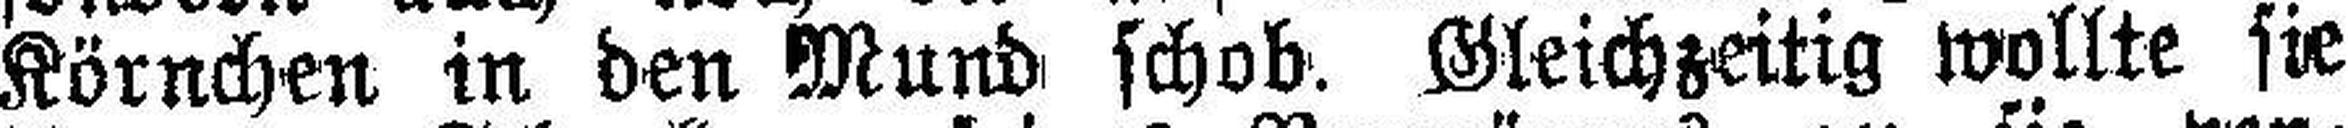
Körnchen in den Mund schob. Gleichzeitig wollte sie